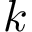
k